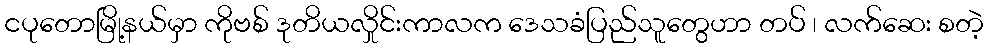
ငပုတောမြို့နယ်မှာ ကိုဗစ် ဒုတိယလှိုင်းကာလက ဒေသခံပြည်သူတွေဟာ တပ် ၊ လက်ဆေး စတဲ့